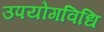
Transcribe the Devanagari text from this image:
उपयोगविधि